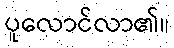
ပူလောင်လာ၏။